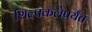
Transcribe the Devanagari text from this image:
शिल्पकलेपर्यंत